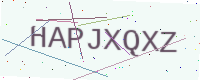
Text: HAPJXQXZ